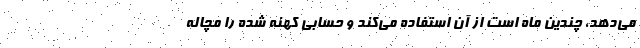
می‌دهد، چندین ماه است از آن استفاده می‌کند و حسابی کهنه شده را مچاله